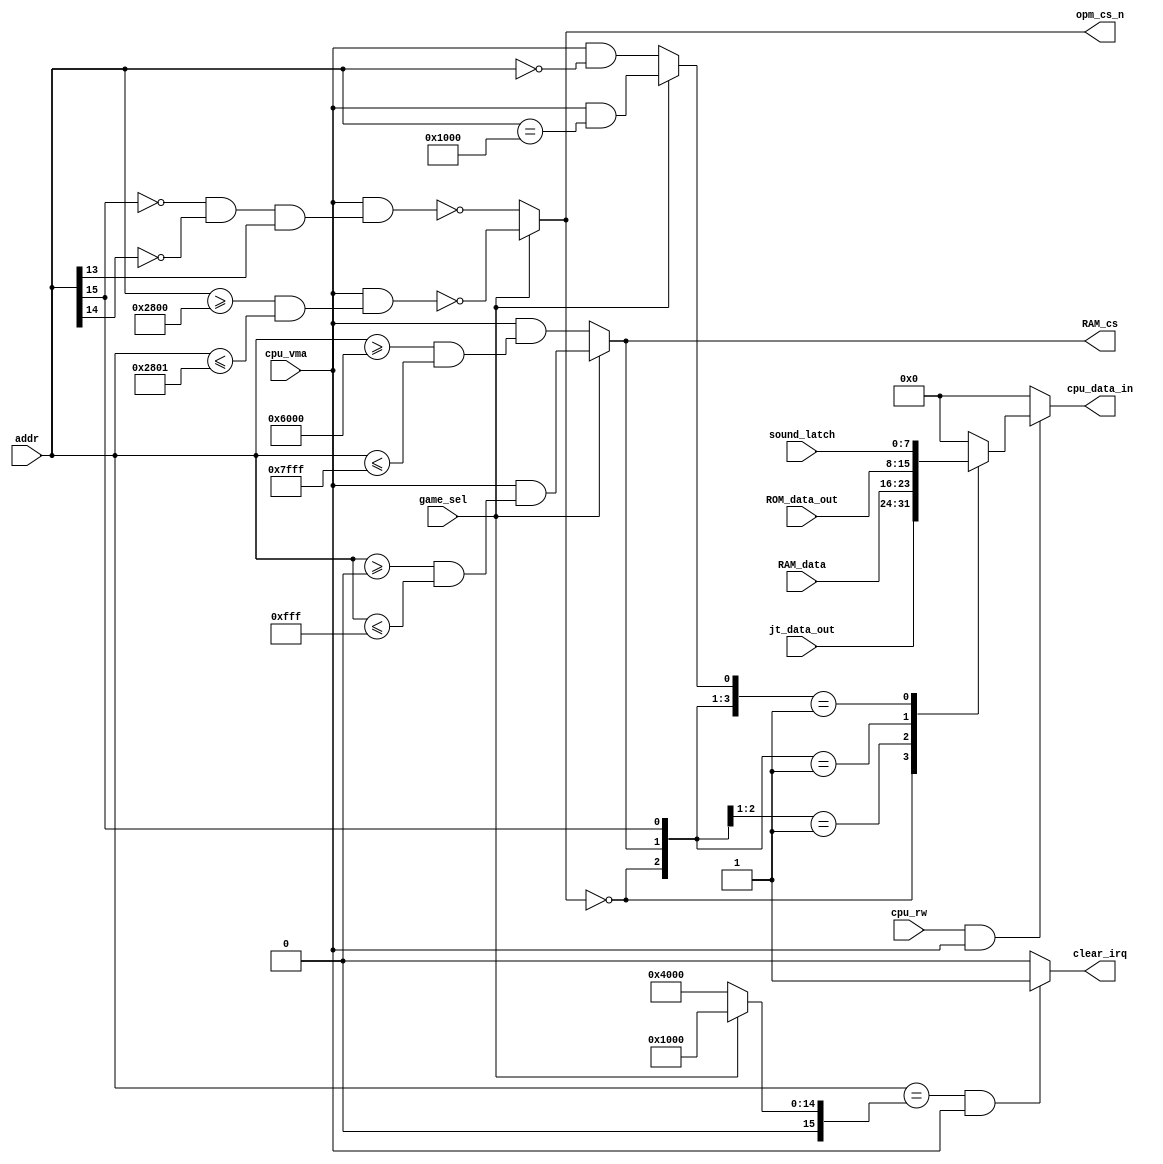
module bus_manager #(parameter RAM_MSB=10)(
	input [7:0] ROM_data_out,
	input [7:0]	RAM_data,
	input [7:0] jt_data_out,
	input		game_sel,
	input [7:0]	sound_latch,
	output		clear_irq,
	output reg [7:0] cpu_data_in,	
	input [15:0]addr,
	input		cpu_vma,
	input		cpu_rw,
	output	reg	RAM_cs,
	output	reg	opm_cs_n
);
wire ROM_cs = addr[15];
parameter RAM_START = 16'h6000;
parameter RAM_END = RAM_START+(2**(RAM_MSB+1));
parameter ROM_START=16'h8000;
wire [15:0] ram_start_contra	= 16'h6000;
wire [15:0] ram_end_contra		= 16'h7FFF;
wire [15:0] ram_start_ddragon	= 16'h0000;
wire [15:0] ram_end_ddragon		= 16'h0FFF;
reg [15:0] irq_clear_addr;
reg LATCH_rd;
always @(*) begin
	if( cpu_rw && cpu_vma)
		casex( {~opm_cs_n, RAM_cs, ROM_cs, LATCH_rd } )
			4'b1XXX: cpu_data_in = jt_data_out;
			4'b01XX: cpu_data_in = RAM_data;
			4'b001X: cpu_data_in = ROM_data_out;
			4'b0001: cpu_data_in = sound_latch;
			default: cpu_data_in = 8'h0;
		endcase
	else
		cpu_data_in = 8'h0;
end
wire opm_cs_contra = !addr[15] && !addr[14] && addr[13]; 
wire opm_cs_ddragon= addr>=16'h2800 && addr<=16'h2801;
always @(*)
	if( game_sel ) begin
		RAM_cs	= cpu_vma && (addr>=ram_start_ddragon && addr<=ram_end_ddragon);
		opm_cs_n= !(cpu_vma && opm_cs_ddragon);
		LATCH_rd= cpu_vma && addr==16'h1000; 
		irq_clear_addr = 16'h1000;
	end
	else begin
		RAM_cs 	= cpu_vma && (addr>=ram_start_contra && addr<=ram_end_contra);
		opm_cs_n= !(cpu_vma && opm_cs_contra);
		LATCH_rd= cpu_vma && addr==16'h0; 
		irq_clear_addr = 16'h4000;
	end
assign clear_irq = (addr==irq_clear_addr) && cpu_vma ? 1'b1 : 1'b0;
endmodule